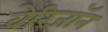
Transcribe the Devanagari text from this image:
वेरिजॉन